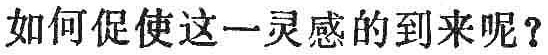
如何促使这一灵感的到来呢？